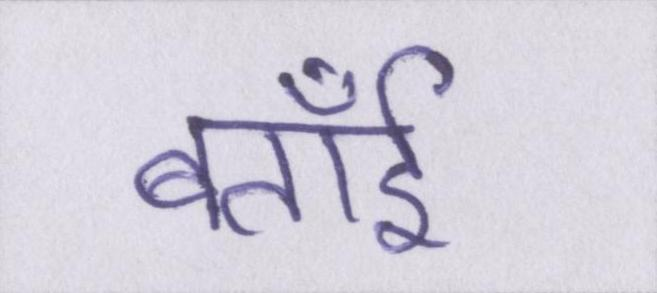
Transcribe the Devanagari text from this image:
बताईँ